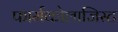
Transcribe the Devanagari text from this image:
फार्मकोलाजिस्ट